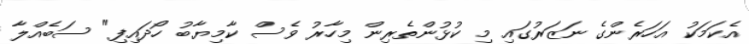
އެކަމަކު އަހަރެންގެ ނަޒަރުގައި މި ކުޅުންތެރިން މިހާރު ވެސް ކާމިޔާބު ހޯދައިފި" ސަބެއްލާ